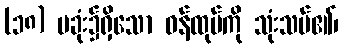
(၁၈) ပခုံး၌ရှိသော ဝန်ထုပ်ကို သုံးသပ်၏၊